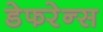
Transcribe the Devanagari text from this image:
डेफरेन्स